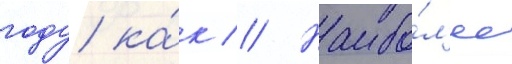
году ка́к // Наибо́л'ее